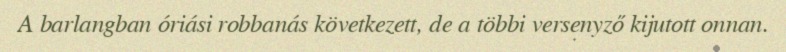
A barlangban óriási robbanás következett, de a többi versenyző kijutott onnan.